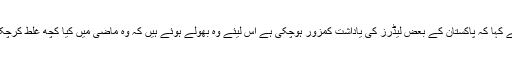
انہوں نے کہا کہ پاکستان کے بعض لیڈرز کی یاداشت کمزور ہوچکی ہے اس لیئے وہ بھولے ہوئے ہیں کہ وہ ماضی میں کیا کچھ غلط کرچکے ہیں ۔